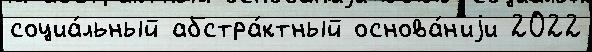
социа́льный абстра́ктный основа́н'иjи 2022